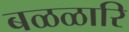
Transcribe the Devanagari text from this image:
बळळारि